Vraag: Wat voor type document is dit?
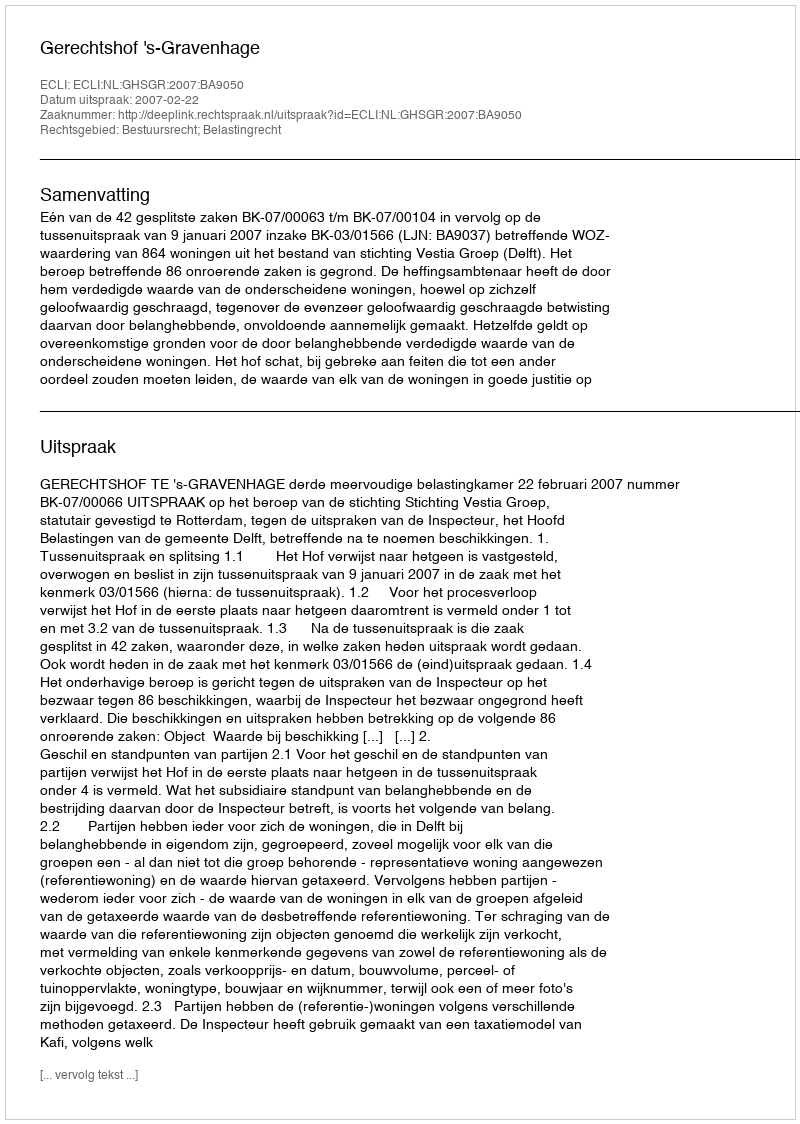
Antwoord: Uitspraak